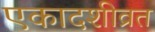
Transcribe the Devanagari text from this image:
एकादशीव्रत